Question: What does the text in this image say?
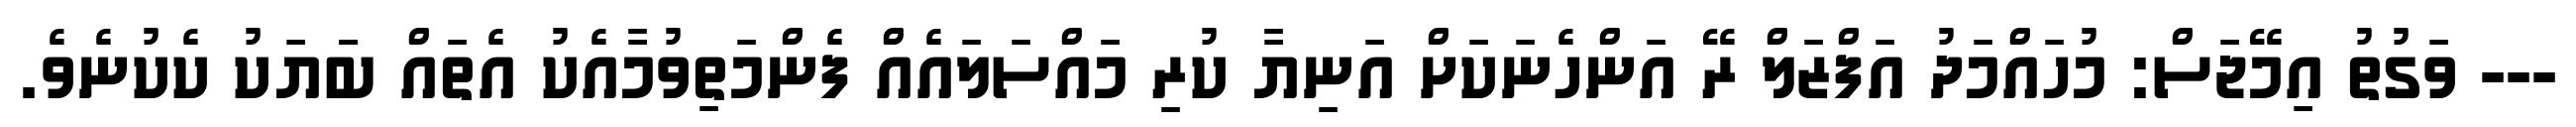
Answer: --- ވަގުތު އިމޭޖަސް: މުހައްމަދު އަފްޒަލް ރޭ އަންހެނަކަށް އަނިޔާ ކުރި މައްސަލައެއް ފެންމަތިވުމާއެކު އެތައް ބަަޔަކު ކެކުނެވެ.